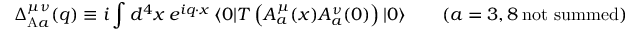
\Delta _ { \mathrm { A } a } ^ { \mu \nu } ( q ) \equiv i \int d ^ { 4 } x ~ e ^ { i q \cdot x } ~ \langle 0 | T \left( A _ { a } ^ { \mu } ( x ) A _ { a } ^ { \nu } ( 0 ) \right) | 0 \rangle \qquad ( a = 3 , 8 \ \mathrm { n o t \ s u m m e d } ) \ \ ,